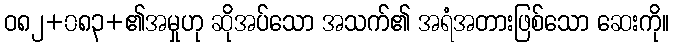
ဝ၈၂+၀၈၃+၏အမှုဟု ဆိုအပ်သော အသက်၏ အရံအတားဖြစ်သော ဆေးကို။